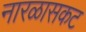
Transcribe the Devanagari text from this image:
नारळासकट